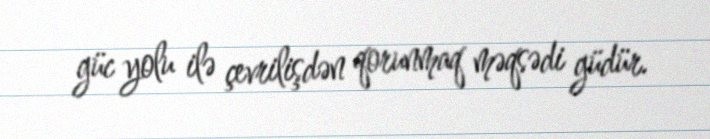
güc yolu ilə çevrilişdən qorunmaq məqsədi güdür.